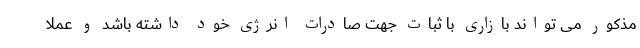
مذکور می تواند بازاری با ثبات جهت صادرات انرژی خود داشته باشد و عملا